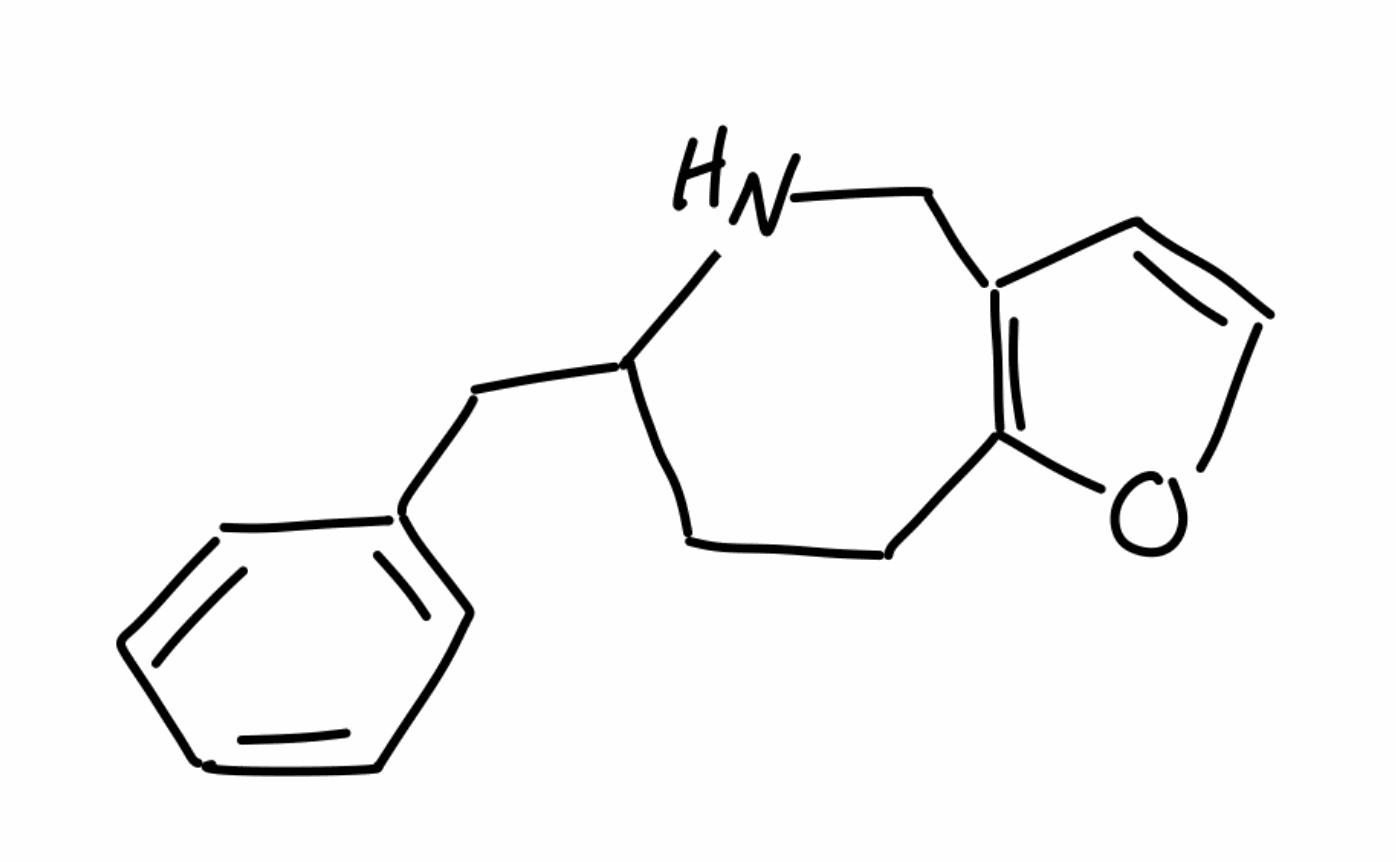
Simplified molecular-input line-entry system (SMILES) notation of the given molecule:
C1CC2=C(CNC1CC3=CC=CC=C3)C=CO2